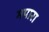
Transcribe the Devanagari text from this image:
मपारा